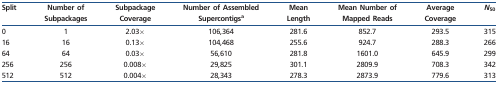
<table><thead><tr><td><b>Split</b></td><td><b>Number of Subpackages</b></td><td><b>Subpackage Coverage</b></td><td><b>Number of Assembled Supercontigs<sup>a</sup></b></td><td><b>Mean Length</b></td><td><b>Mean Number of Mapped Reads</b></td><td><b>Average Coverage</b></td><td><b><i>N</i><sub>50</sub></b></td></tr></thead><tbody><tr><td>0</td><td>1</td><td>2.03×</td><td>106,364</td><td>281.6</td><td>852.7</td><td>293.5</td><td>315</td></tr><tr><td>16</td><td>16</td><td>0.13×</td><td>104,468</td><td>255.6</td><td>924.7</td><td>288.3</td><td>266</td></tr><tr><td>64</td><td>64</td><td>0.03×</td><td>56,610</td><td>281.8</td><td>1601.0</td><td>645.9</td><td>299</td></tr><tr><td>256</td><td>256</td><td>0.008×</td><td>29,825</td><td>301.1</td><td>2809.9</td><td>708.3</td><td>342</td></tr><tr><td>512</td><td>512</td><td>0.004×</td><td>28,343</td><td>278.3</td><td>2873.9</td><td>779.6</td><td>313</td></tr></tbody></table>